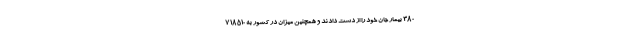
۳۸۰ بیمار جان خود را از دست دادند و همچنین میزان در کشور به ۷۱۸۵۱۰